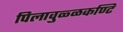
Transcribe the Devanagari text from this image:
पिलावुळ्ळकण्टि